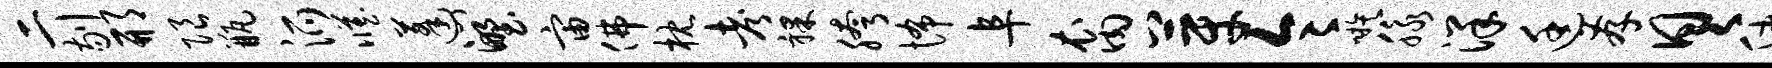
二剔邢限瓶派臧蓬心野宙佛枕考裸胯怖阜裔芽令嗾脉洋廷存具仲